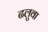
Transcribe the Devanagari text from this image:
ढलुवा